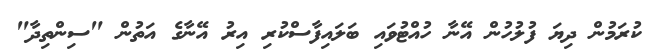
ކުރަމުން ދިޔަ ފުލުހުން އޭނާ ހުއްޓުވައި ބަލައިފާސްކުރި އިރު އޭނާގެ އަތުން "ސިންތިދާ"